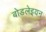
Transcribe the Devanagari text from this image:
बोडलेइयन